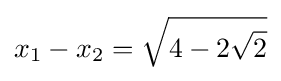
x_{1}-x_{2}={\sqrt {4-2{\sqrt {2}}}}